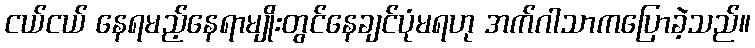
ငယ်ငယ် နေရမည့်နေရာမျိုးတွင်နေချင်ပုံမရဟု အက်ဂါသာကပြောခဲ့သည်။